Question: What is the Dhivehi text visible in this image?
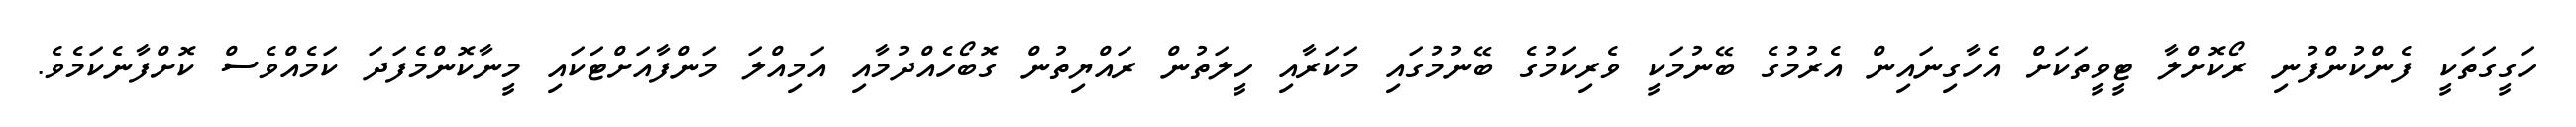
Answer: ހަގީގަތަކީ ފެންކުންފުނި ރޯކޮށްލާ ޓީވީތަކަށް އެހާގިނައިން އެރުމުގެ ބޭނުމަކީ ވެރިކަމުގެ ބޭނުމުގައި މަކަރާއި ހީލަތުން ރައްޔިތުން ގޮބޯހެއްދުމާއި އަމިއްލަ މަންފާއަށްޓަކައި މީނާކޮންމެފަދަ ކަމެއްވެސް ކޮށްފާނެކަމެވެ.